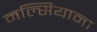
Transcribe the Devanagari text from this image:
मल्सियाना